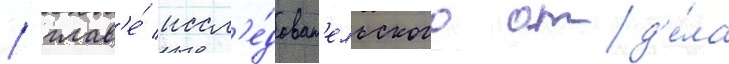
/ глав'е́ иссл'е́доват'ельского отд'е́ла